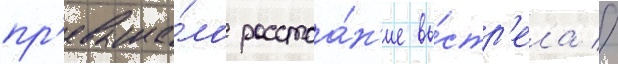
пр'евыша́ло расстоа́н'ие вы́стр'ела //